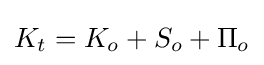
K_{t}=K_{o}+S_{o}+\Pi _{o}